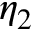
\eta _ { 2 }